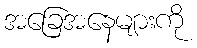
အခြေအနေများကို